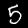
Digit: 5